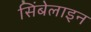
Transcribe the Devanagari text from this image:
सिंबेलाइन